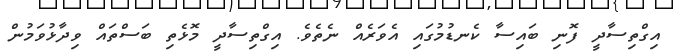
އިގްތިސާދީ ފޮނި ބައިސާ ކެނޑުމުގައި އެވަރެއް ނެތެވެ. އިގްތިސާދީ މޮޅެތި ބަސްތައް ވިދާޅުވަމުން